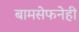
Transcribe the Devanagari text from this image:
बामसेफनेही